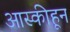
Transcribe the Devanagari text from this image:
आस्कीहून